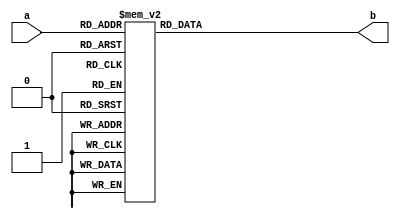
`timescale 1ns / 1ps
//////////////////////////////////////////////////////////////////////////////////
//////////////////////////////////////////////////////////////////////////////////


module bin_2_7seg(input [3:0] a , output reg [6:0] b

    );
    always @(a)
    case(a) 
    4'd0:b=7'b1111110;
    4'd1:b=7'b0110000;
    4'd2:b=7'b1101101;
    4'd3:b=7'b1111001;
    4'd4:b=7'b0110011;
    4'd5:b=7'b1011011;
    4'd6:b=7'b1011111;
    4'd7:b=7'b1110000;
    4'd8:b=7'b1111111;
    4'd9:b=7'b1111011;
    default:b=7'b0000000;
    endcase
    
    
endmodule